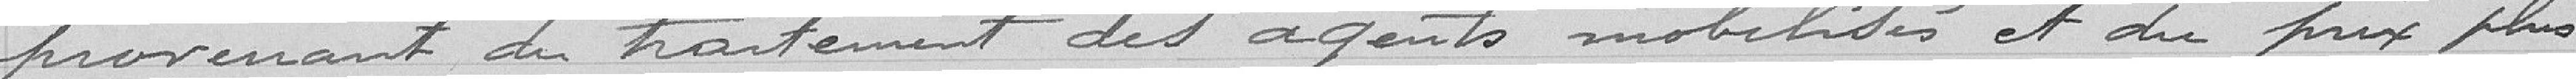
provenant du traitement des agents mobilisés et du prix plus